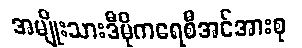
အမျိုးသားဒီမိုကရေစီအင်အားစု